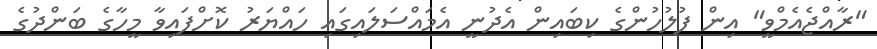
"ރާއްޖެއެމްވީ" އިން ފުލުހުންގެ ކިބައިން އެދުނީ އެމައްސަލައިގައި ހައްޔަރު ކޮށްފައިވާ މީހާގެ ބަންދުގެ